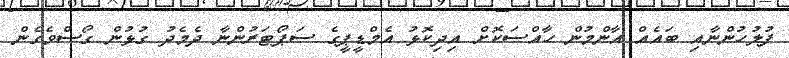
ފުލުހުންނާއި ބައެއް އާންމުން ހާއްސަކޮށް އިދިކޮޅު އެމްޑީޕީގެ ސަޕޯޓަރުންނާ ދެމެދު ގުޅުން ގޯސްވެގެން